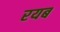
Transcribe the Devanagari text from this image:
रयब